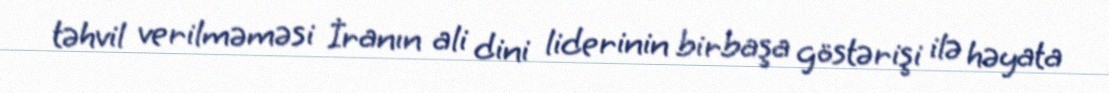
təhvil verilməməsi İranın ali dini liderinin birbaşa göstərişi ilə həyata